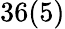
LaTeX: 36(5)